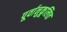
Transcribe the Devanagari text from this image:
पूर्वानुकूलित